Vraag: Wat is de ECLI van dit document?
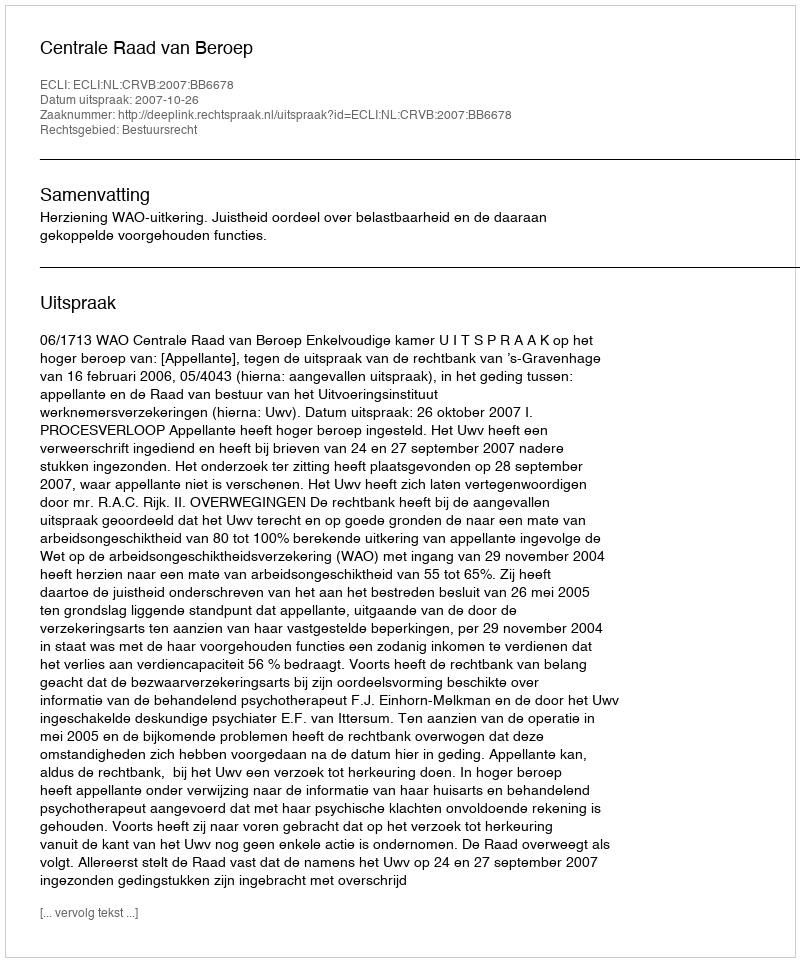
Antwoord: ECLI:NL:CRVB:2007:BB6678